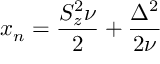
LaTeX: x _ { n } = \frac { S _ { z } ^ { 2 } \nu } { 2 } + \frac { \Delta ^ { 2 } } { 2 \nu }